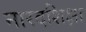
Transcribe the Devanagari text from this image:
नारदशिक्षा